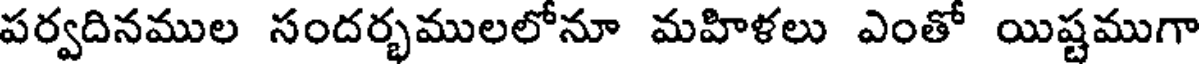
పర్వదినముల సందర్భములలోనూ మహిళలు ఎంతో యిష్టముగా